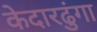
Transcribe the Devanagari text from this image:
केदारढुंगा